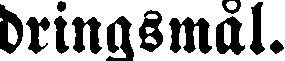
dringsmål.